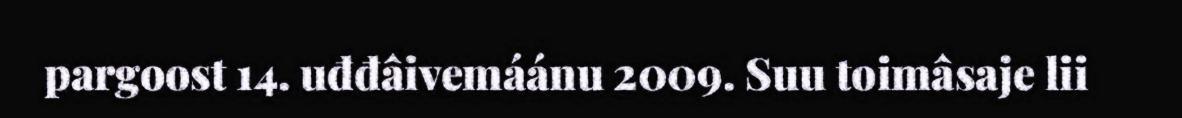
pargoost 14. uđđâivemáánu 2009. Suu toimâsaje lii